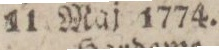
11 Maj 1774.